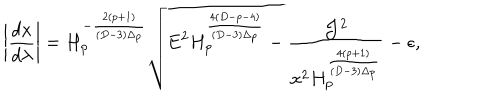
\left| { \frac { d x } { d \lambda } } \right| = H _ { p } ^ { - { \frac { 2 ( p + 1 ) } { ( D - 3 ) \Delta _ { p } } } } \sqrt { E ^ { 2 } H _ { p } ^ { \frac { 4 ( D - p - 4 ) } { ( D - 3 ) \Delta _ { p } } } - { \frac { { \cal J } ^ { 2 } } { x ^ { 2 } H _ { p } ^ { \frac { 4 ( p + 1 ) } { ( D - 3 ) \Delta _ { p } } } } } - \epsilon } ,